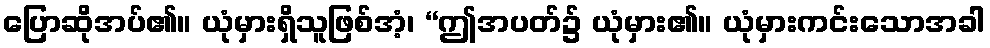
ပြောဆိုအပ်၏။ ယုံမှားရှိသူဖြစ်အံ့၊ “ဤအပတ်၌ ယုံမှား၏။ ယုံမှားကင်းသောအခါ